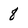
Character: 8